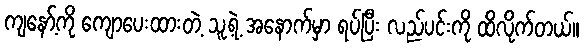
ကျနော့်ကို ကျောပေးထားတဲ့ သူ့ရဲ့ အနောက်မှာ ရပ်ပြီး လည်ပင်းကို ထိလိုက်တယ်။